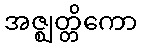
အဇ္ဈတ္တိကော